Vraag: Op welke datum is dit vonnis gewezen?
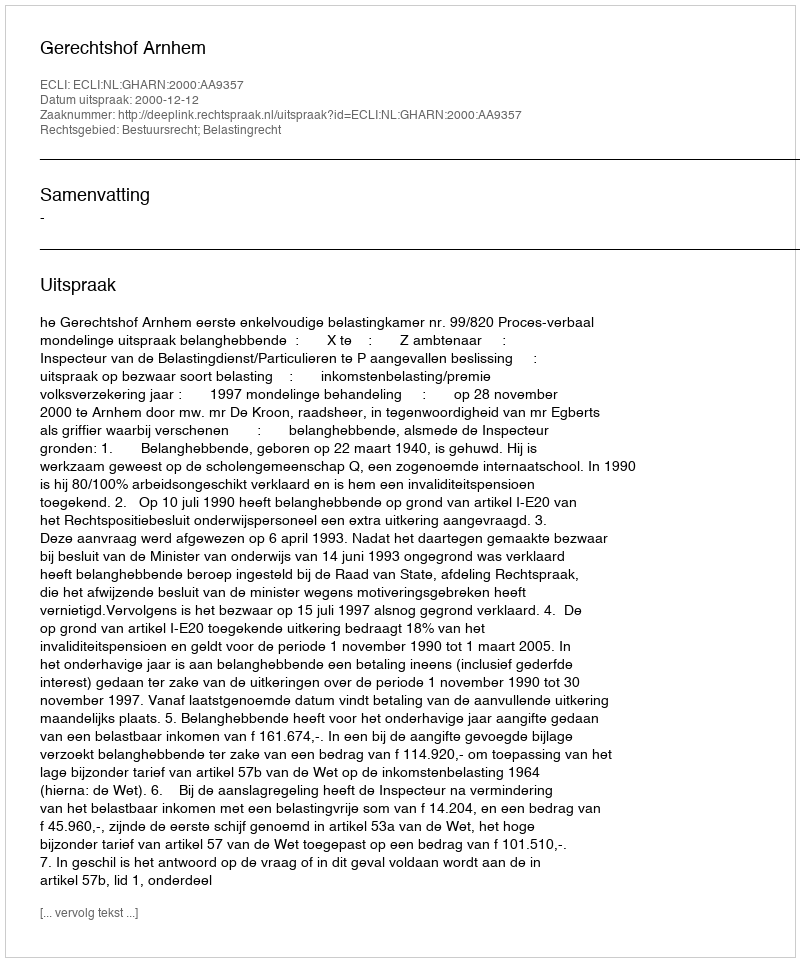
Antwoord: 2000-12-12